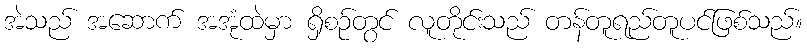
အဲသည် အဆောက် အအုံထဲမှာ ရှိစဉ်တွင် လူတိုင်းသည် တန်တူရည်တူပင်ဖြစ်သည်။